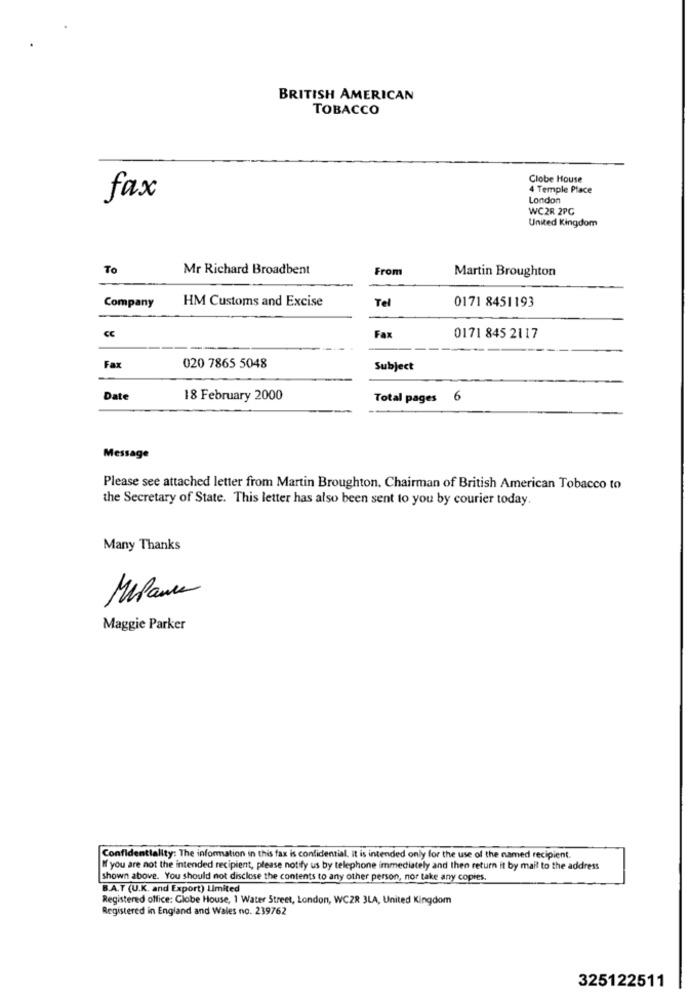
BRITISH AMERICAN
TOBACCO
Clobe House
4 Temple Place
fax
London
WC2R 2PC
United Kingdom
To
Mr Richard Broadbent
From
Martin Broughton
HM Customs and Excise
Tel
0171 8451193
Company
CC
Fax
0171 845 2117
Fax
020 7865 5048
Subject
Date
18 February 2000
Total pages 6
Message
Please see attached letter from Martin Broughton, Chairman of British American Tobacco to
the Secretary of State. This letter has also been sent to you by courier today.
Many Thanks
Mipanus
Maggie Parker
Confidentiality: The information in this fax is confidential, it is intended only for the use of the named recipient.
If you are not the intended recipient, please notify us by telephone immediately and then return it by mail to the address
shown above. You should not disclose the contents to any other person, nor take any copies.
B.A.T (U.K. and Export) Limited
Registered office: Globe House, 1 Water Street, London, WCZR 3LA, United Kingdom
Registered in England and Wales no. 239762
325122511